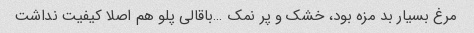
مرغ بسیار بد مزه بود، خشک و پر نمک …باقالی پلو هم اصلا کیفیت نداشت